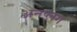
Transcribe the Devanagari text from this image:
अनप्लग